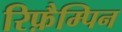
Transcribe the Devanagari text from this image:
रिफ़ैम्पिन